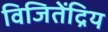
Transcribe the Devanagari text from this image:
विजितेंद्रिय